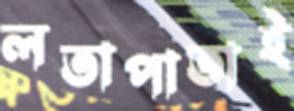
লতাপাতাই